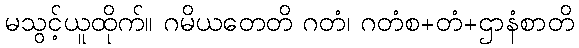
မသွင့်ယူထိုက်။ ဂမိယတေတိ ဂတံ၊ ဂတံစ+တံ+ဌာနံစာတိ